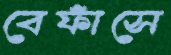
বেফাঁসে